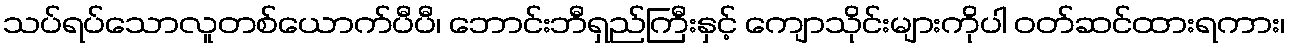
သပ်ရပ်သောလူတစ်ယောက်ပီပီ၊ ဘောင်းဘီရှည်ကြီးနှင့် ကျောသိုင်းများကိုပါ ဝတ်ဆင်ထားရကား၊